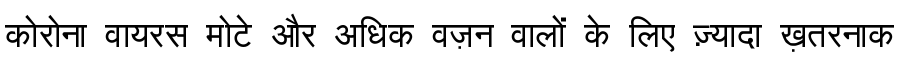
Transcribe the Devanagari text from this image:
कोरोना वायरस मोटे और अधिक वज़न वालों के लिए ज़्यादा ख़तरनाक